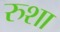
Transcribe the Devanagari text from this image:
रुशा